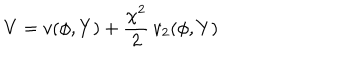
V = v ( \phi , Y ) + \frac { \chi ^ { 2 } } { 2 } \, v _ { 2 } ( \phi , Y )